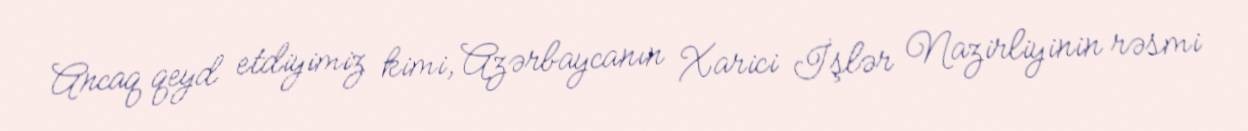
Ancaq qeyd etdiyimiz kimi, Azərbaycanın Xarici İşlər Nazirliyinin rəsmi